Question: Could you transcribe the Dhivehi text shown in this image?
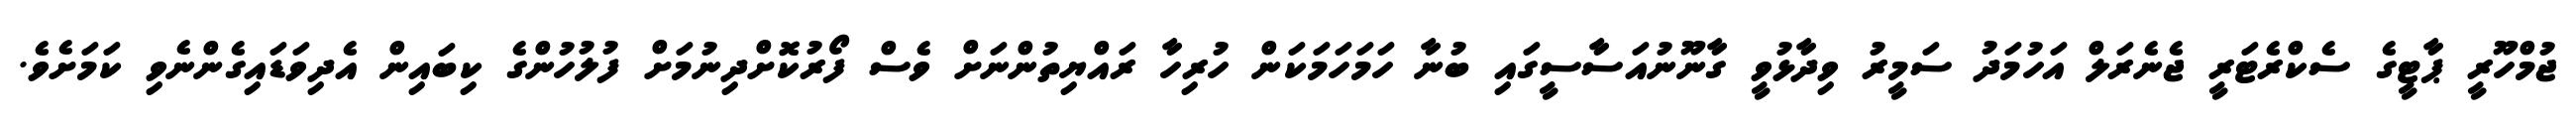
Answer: ޖުމްހޫރީ ޕާޓީގެ ސެކްރެޓަރީ ޖެނެރަލް އަހުމަދު ސަމީރު ވިދާޅުވީ ގާނޫނުއަސާސީގައި ބުނާ ހަމަހަމަކަން ހުރިހާ ރައްޔިތުންނަށް ވެސް ފޯރުކޮށްދިނުމަށް ފުލުހުންގެ ކިބައިން އެދިވަޑައިގެންނެވި ކަމަށެވެ.